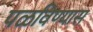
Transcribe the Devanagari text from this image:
पळविण्यास